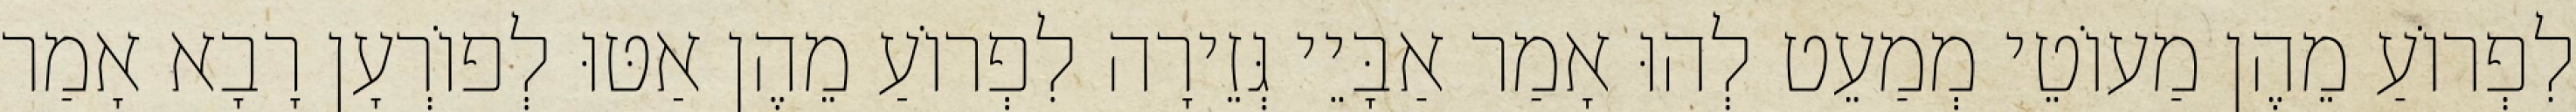
לִפְרוֹעַ מֵהֶן מַעוֹטֵי מְמַעֵט לְהוּ אָמַר אַבָּיֵי גְּזֵירָה לִפְרוֹעַ מֵהֶן אַטּוּ לְפוֹרְעָן רָבָא אָמַר